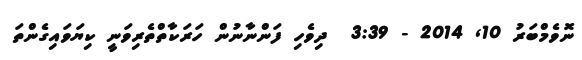
ނޮވެމްބަރު 10